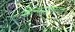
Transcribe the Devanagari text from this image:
शिल्परत्नात